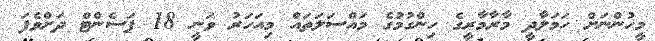
މީހުންނަށް ހަމަލާދީ މާރާމާރީގެ ހިންގުމުގެ މައްސަލަތައް މިއަހަރު ވަނީ 18 ޕަސެންޓް ދަށްވެފަ